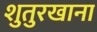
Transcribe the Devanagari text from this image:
शुतुरखाना